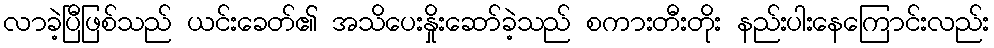
လာခဲ့ပြီဖြစ်သည် ယင်းခေတ်၏ အသိပေးနှိုးဆော်ခဲ့သည် စကားတီးတိုး နည်းပါးနေကြောင်းလည်း